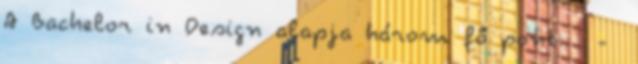
A Bachelor in Design alapja három fő pont:. -